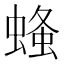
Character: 𧎓